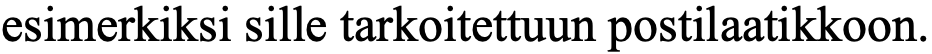
esimerkiksi sille tarkoitettuun postilaatikkoon.